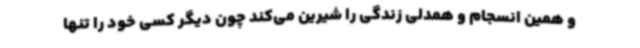
و همین انسجام و همدلی زندگی را شیرین می‌کند چون دیگر کسی خود را تنها